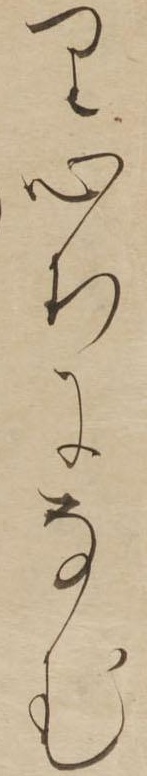
り心ちになむ